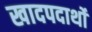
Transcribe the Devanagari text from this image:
खादपदार्थों